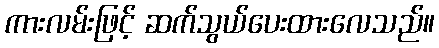
ကားလမ်းဖြင့် ဆက်သွယ်ပေးထားလေသည်။